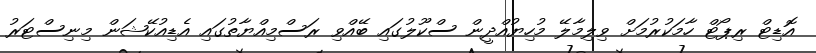
އޮޑިޓް ރިޕޯޓް ހާމަކުރުމަށް ވިލިމާލޭ މުހިޔުއްދީން ސްކޫލުގައި ބޭއްވި ރަސްމިއްޔާތުގައި އެޑިއުކޭޝަން މިނިސްޓަރު